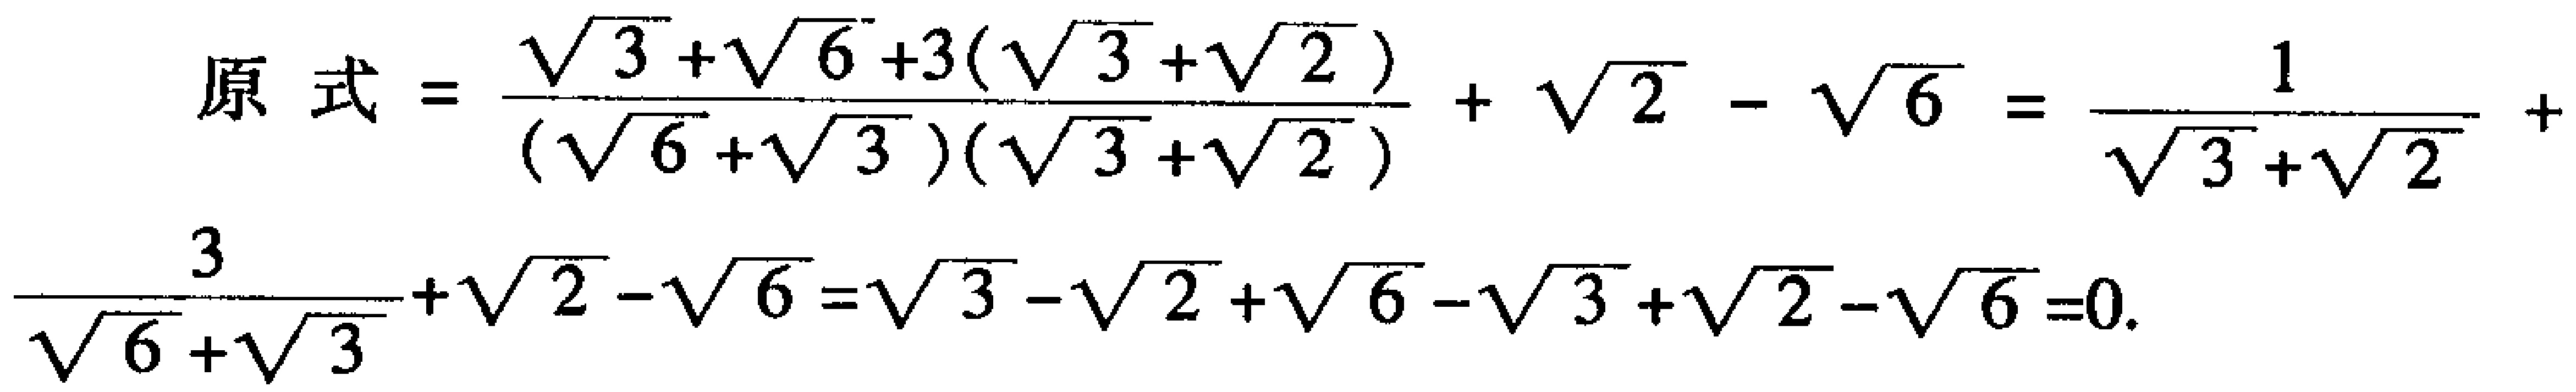
\[

\begin{align*}

原式&=\frac{\sqrt{3}+\sqrt{6}+3(\sqrt{3}+\sqrt{2})}{(\sqrt{6}+\sqrt{3})(\sqrt{3}+\sqrt{2})}+\sqrt{2}-\sqrt{6}=\frac{1}{\sqrt{3}+\sqrt{2}}+\\

\frac{3}{\sqrt{6}+\sqrt{3}}+\sqrt{2}-\sqrt{6}&=\sqrt{3}-\sqrt{2}+\sqrt{6}-\sqrt{3}+\sqrt{2}-\sqrt{6}=0.

\end{align*}

\]